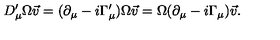
D _ { \mu } ^ { \prime } \Omega \vec { v } = ( \partial _ { \mu } - i \Gamma _ { \mu } ^ { \prime } ) \Omega \vec { v } = \Omega ( \partial _ { \mu } - i \Gamma _ { \mu } ) \vec { v } .